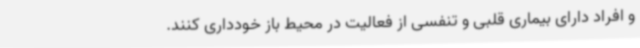
و افراد دارای بیماری قلبی و تنفسی از فعالیت در محیط باز خودداری کنند.